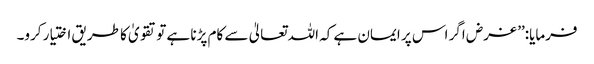
فرمایا:’’ غرض اگر اس پر ایمان ہے کہ اللہ تعالیٰ سے کام پڑنا ہے تو تقویٰ کا طریق اختیار کرو۔